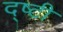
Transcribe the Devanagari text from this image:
द्ष्टी